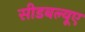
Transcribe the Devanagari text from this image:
सीडबल्यूए